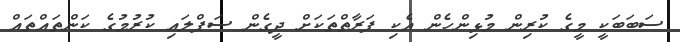
ސަބަބަކީ މީގެ ކުރިން މުޅިންހެން އެކި ފަރާތްތަކަށް ދީގެން ސަޕްލައި ކުރުމުގެ ކަންތައްތައް